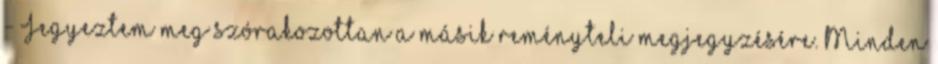
- Jegyeztem meg szórakozottan a másik reményteli megjegyzésére. Minden